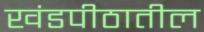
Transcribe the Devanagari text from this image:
खंडपीठातील